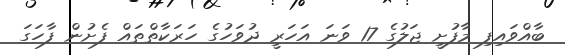
ބާއްވައިފި މާފުށީ ޖަލުގެ 17 ވަނަ އަހަރީ ދުވަހުގެ ހަރަކާތްތައް ފެށުން ފާހަގަ